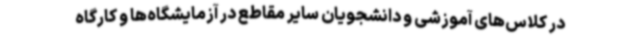
در کلاس‌های آموزشی و دانشجویان سایر مقاطع در آزمایشگاه‌ها و کارگاه